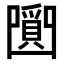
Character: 𤔼